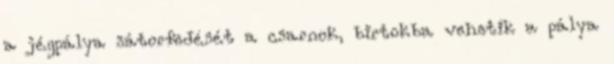
a jégpálya sátorfedését a csarnok, birtokba vehetik a pálya